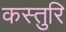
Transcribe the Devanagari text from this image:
कस्तुरि